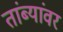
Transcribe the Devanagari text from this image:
तांब्यांवर